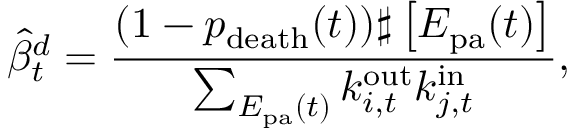
\widehat { \beta } _ { t } ^ { d } = \frac { ( 1 - p _ { \mathrm { d e a t h } } ( t ) ) \sharp \left[ { E _ { \mathrm { p a } } ( t ) } \right] } { \sum _ { E _ { \mathrm { p a } } ( t ) } k _ { i , t } ^ { \mathrm { o u t } } k _ { j , t } ^ { \mathrm { i n } } } ,